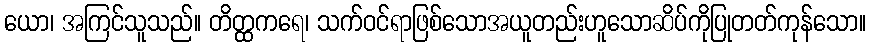
ယော၊ အကြင်သူသည်။ တိတ္ထကရေ၊ သက်ဝင်ရာဖြစ်သောအယူတည်းဟူသောဆိပ်ကိုပြုတတ်ကုန်သော။